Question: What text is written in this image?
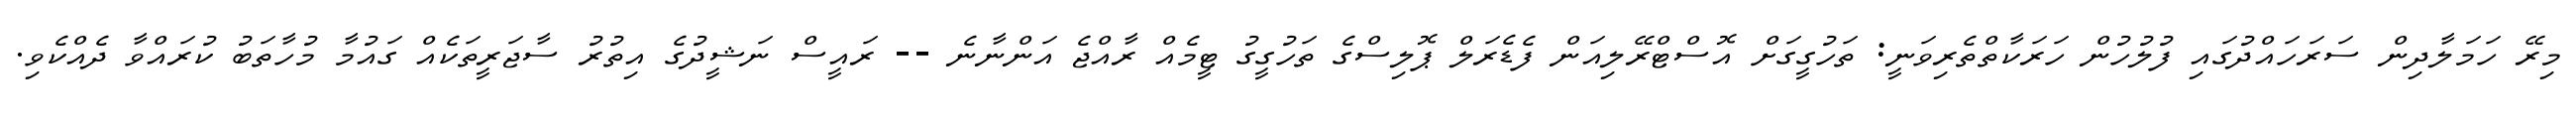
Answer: މިރޭ ހަމަލާދިން ސަރަހައްދުގައި ފުލުހުން ހަރަކާތްތެރިވަނީ: ތަހުގީގަށް އޮސްޓްރޭލިއަން ފެޑެރަލް ޕޮލިސްގެ ތަހުގީގު ޓީމެއް ރާއްޖެ އަންނާނެ -- ރައީސް ނަޝީދުގެ އިތުރު ސާޖަރީތަކެއް ގައުމާ މުހާތަބު ކުރައްވާ ދެއްކެވި.